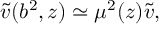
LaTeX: \tilde { v } ( b ^ { 2 } , z ) \simeq \mu ^ { 2 } ( z ) \tilde { v } ,